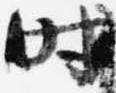
時